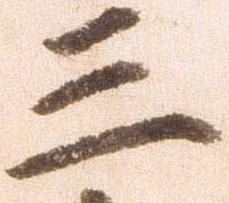
三